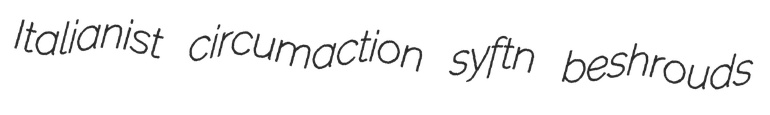
Italianist circumaction syftn beshrouds